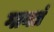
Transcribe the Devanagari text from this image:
गायत्रं